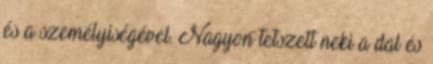
és a személyiségével. Nagyon tetszett neki a dal és